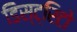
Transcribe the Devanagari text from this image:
डिस्ट्रिटो